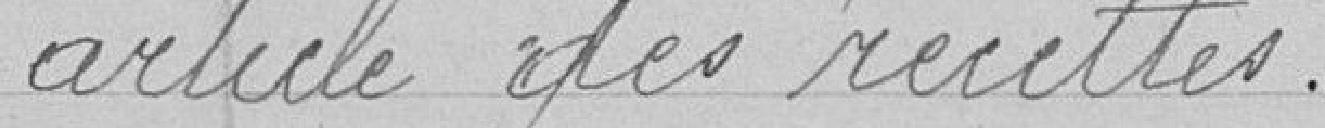
article des recettes.